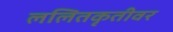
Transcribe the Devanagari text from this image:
ललितकृतीवर